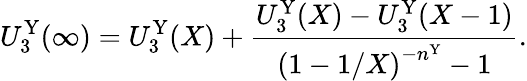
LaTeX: U_{3}^{\mathrm{Y}}(\infty)=U_{3}^{\mathrm{Y}}(X)+\frac{U_{3}^{\mathrm{Y}}(X)-U_{3}^{\mathrm{Y}}(X-1)}{\left(1-1/X\right)^{-n^{\mathrm{Y}}}-1}.